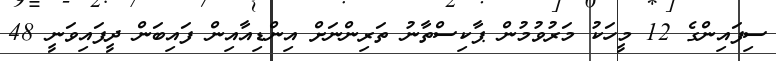
ސިފައިންގެ 12 މީހަކު މަރުވުމުން ޕާކިސްތާނު ތަރިންނަށް އިންޑިއާއިން ފައިބަން ދީފައިވަނީ 48